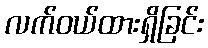
လက်ဝယ်ထားရှိခြင်း